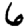
Digit: 6